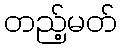
တည့်မတ်